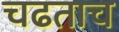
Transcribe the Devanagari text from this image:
चढताच